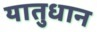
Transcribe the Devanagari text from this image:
यातुधान